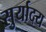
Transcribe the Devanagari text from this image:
सुर्यादय